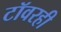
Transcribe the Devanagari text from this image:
टॉवरही